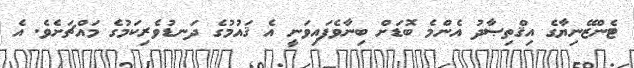
ޓެންޒޭނިޔާގެ އިޤްތިޞާދު އެންމެ ބޮޑަށް ބިނާވެފައިވަނީ އެ ޤައުމުގެ ދަނޑުވެރިކަމުގެ މައްޗަށެވެ. އެ